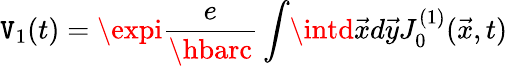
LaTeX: \mathtt{V}_{1}(t)=\expi{\frac{{e}}{{\hbarc}}}\int\! \intd\vec{{x}}d\vec{{y}}J_{0}^{(1)}(\vec{{x}},t)